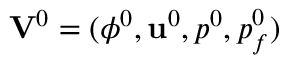
\mathrm { \bf V } ^ { 0 } = ( \phi ^ { 0 } , { \bf u } ^ { 0 } , p ^ { 0 } , p _ { f } ^ { 0 } )